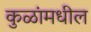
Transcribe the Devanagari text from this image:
कुळांमधील